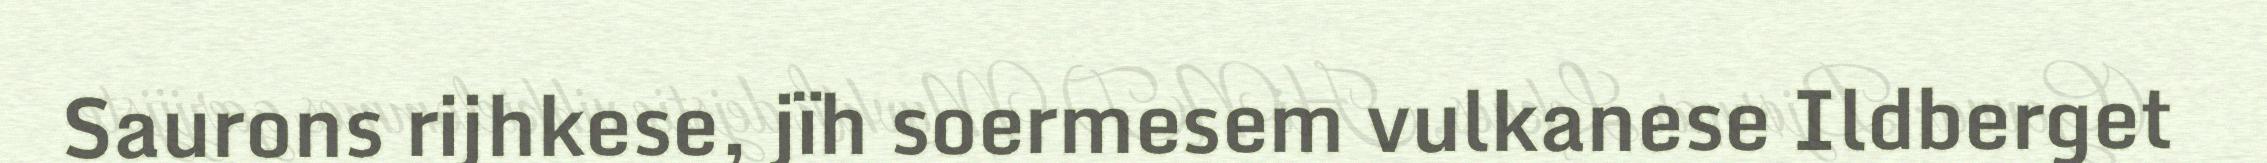
Saurons rijhkese, jïh soermesem vulkanese Ildberget